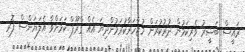
ރައީސް ބަޝީރު ވެރިކަމުން ދުރުކުރަން މުޒާހަރާކުރަމުންދިޔަ އެއް ގްރޫޕް ކަމަށްވާ އެލަޔަންސް ފޮރ